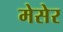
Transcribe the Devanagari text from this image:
मेसेर